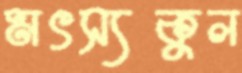
মৎস্যকুল